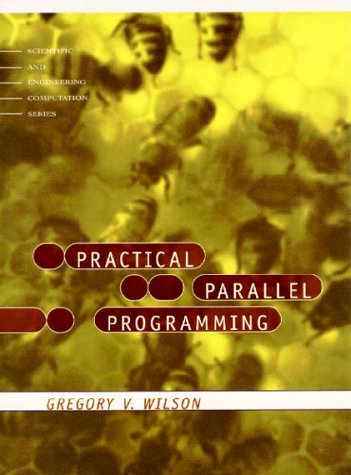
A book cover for Practical Parallel Programming (Scientific and Engineering Computation); Gregory V. Wilson; Computers & Technology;